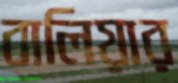
বালিয়ার